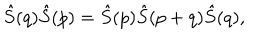
LaTeX: \hat { S } ( q ) \hat { S } ( p ) = \hat { S } ( p ) \hat { S } ( p + q ) \hat { S } ( q ) ,